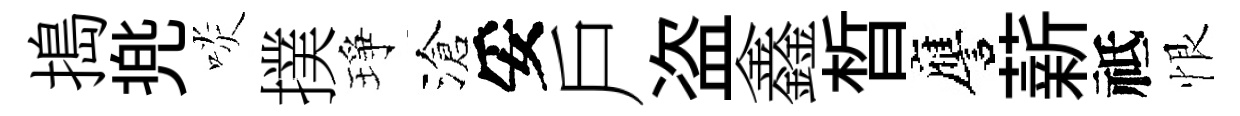
搗兠啖撲琤滄妥戶盗鑫晳譍薪祗恨